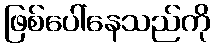
ဖြစ်ပေါ်နေသည်ကို